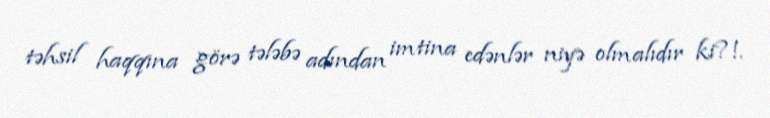
təhsil haqqına görə tələbə adından imtina edənlər niyə olmalıdır ki?!.